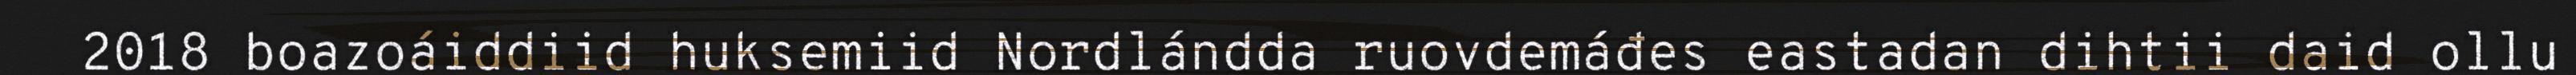
2018 boazoáiddiid huksemiid Nordlándda ruovdemáđes eastadan dihtii daid ollu